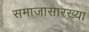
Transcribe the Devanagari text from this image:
समाजासारख्या